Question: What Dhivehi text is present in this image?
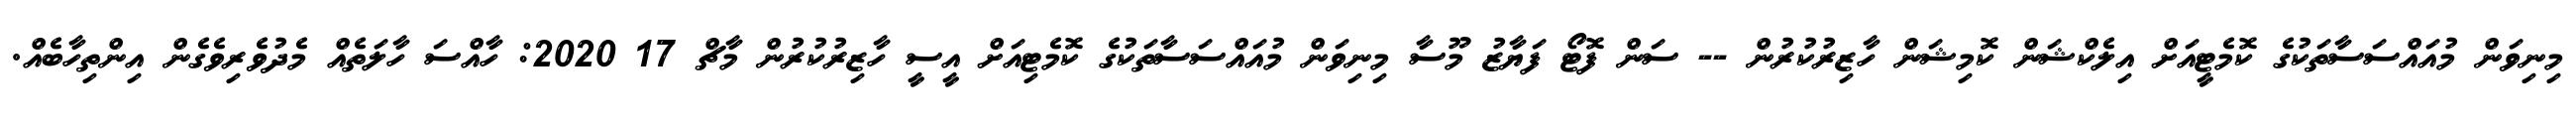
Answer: މިނިވަން މުއައްސަސާތަކުގެ ކޮމެޓީއަށް އިލެކްޝަން ކޮމިޝަން ހާޒިރުކުރުން -- ސަން ފޮޓޯ ފަޔާޒު މޫސާ މިނިވަން މުއައްސަސާތަކުގެ ކޮމެޓިއަށް އީސީ ހާޒިރުކުރުން މާޗް 17 2020: ހާއްސަ ހާލަތެއް މެދުވެރިވެގެން އިންތިހާބެއް.